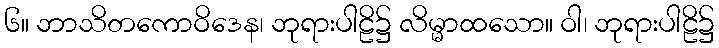
၆။ ဘာသိတကောဝိဒေန၊ ဘုရားပါဠိ၌ လိမ္မာထသော။ ဝါ၊ ဘုရားပါဠိ၌